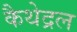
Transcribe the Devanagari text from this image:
कैथेद्रल